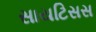
સાયટિસસ